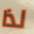
لذا